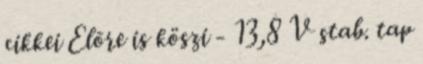
cikkei Elõre is köszi - 13,8 V stab. tap